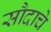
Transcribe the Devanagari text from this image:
सौदाचे